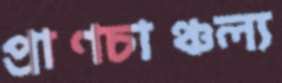
প্রাণচাঞ্চল্য